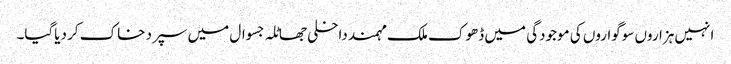
انہیں ہزاروں سوگواروں کی موجودگی میں ڈھوک ملک مہمند داخلی جھاٹلہ جسوال میں سپرد خاک کر دیاگیا۔